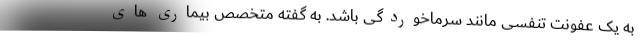
به یک عفونت تنفسی مانند سرماخوردگی باشد. به گفته متخصص بیماری های